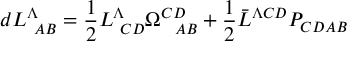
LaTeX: d L _ { \ A B } ^ { \Lambda } = { \frac { 1 } { 2 } } L _ { \ C D } ^ { \Lambda } \Omega _ { \ \ A B } ^ { C D } + { \frac { 1 } { 2 } } \bar { L } ^ { \Lambda C D } P _ { C D A B }